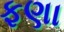
ફણા